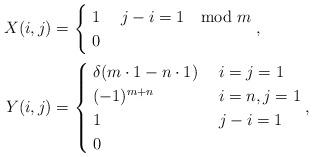
LaTeX: \begin{align*} X(i,j) &= \begin{cases} \; 1 & \; j - i = 1 \mod m \\ \; 0 & \end{cases}, \\ Y(i,j) &= \begin{cases} \; \delta(m\cdot 1 - n \cdot 1)& \; i=j=1 \\ \; (-1)^{m+n} & \; i=n,j=1 \\ \; 1 & \; j - i = 1 \\ \; 0 &\end{cases},\end{align*}